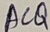
Text: ACQ